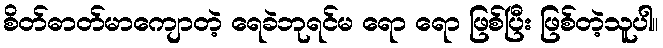
စိတ်ဓာတ်မာကျောတဲ့ ရေခဲဘုရင်မ ရော ရော ဖြစ်ပြီး ဖြစ်တဲ့သူပါ။